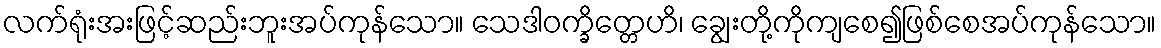
လက်ရုံးအးဖြင့်ဆည်းဘူးအပ်ကုန်သော။ သေဒါဝက္ခိတ္တေဟိ၊ ချွေးတို့ကိုကျစေ၍ဖြစ်စေအပ်ကုန်သော။